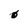
Character: 0